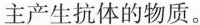
主产生抗体的物质。